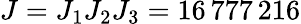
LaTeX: J=J_{1}J_{2}J_{3}=16\, 777\, 216